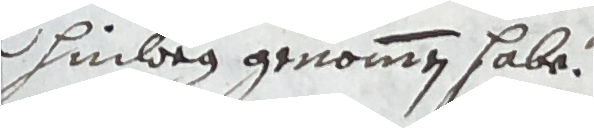
hinweg genommen habe.